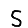
Digit: 5